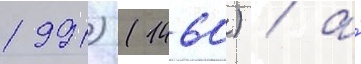
1991) (1460) / а́